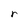
Character: r